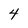
Character: 4